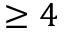
\geq 4